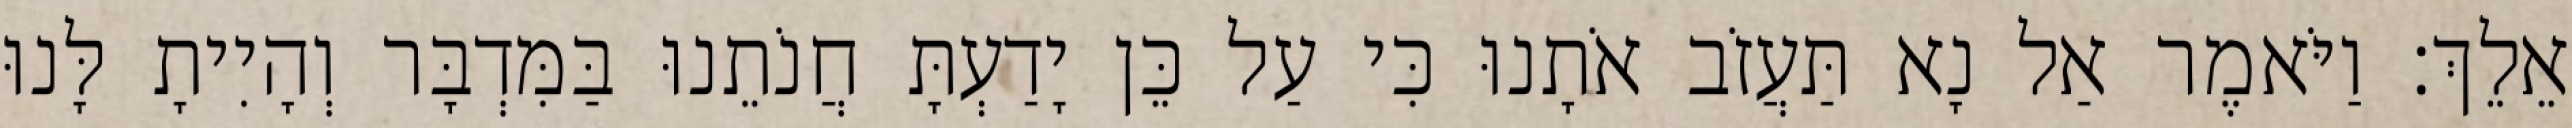
אֵלֵךְ׃ וַיֹּאמֶר אַל נָא תַּעֲזֹב אֹתָנוּ כִּי עַל כֵּן יָדַעְתָּ חֲנֹתֵנוּ בַּמִּדְבָּר וְהָיִיתָ לָּנוּ